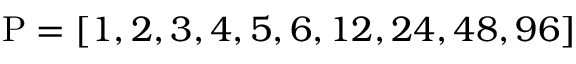
\mathrm { P } = [ 1 , 2 , 3 , 4 , 5 , 6 , 1 2 , 2 4 , 4 8 , 9 6 ]